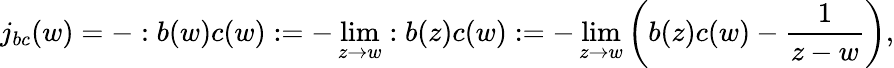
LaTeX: j_{bc}(w)=-:b(w)c(w):=-\operatorname*{lim}_{z\to w}:b(z)c(w):=-\operatorname*{lim}_{z\to w}\left(b(z)c(w)-\frac{1}{z-w}\right),